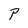
Character: P